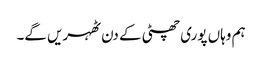
ہم وہاں پوری چھٹی کے دن ٹھہریں گے۔